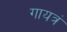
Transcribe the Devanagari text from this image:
गायत्रं